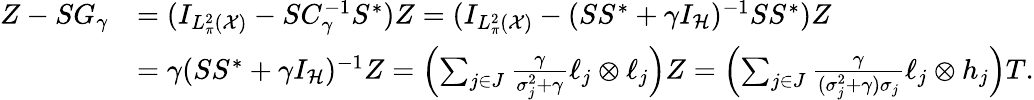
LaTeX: \begin{array}{rl}{Z-SG_{\gamma}}&{=(I_{L_{\pi}^{2}(\mathcal{X})}-SC_{\gamma}^{-1}S^{*})Z=(I_{L_{\pi}^{2}(\mathcal{X})}-(SS^{*}+\gamma I_{\mathcal{H}})^{-1}SS^{*})Z}\\ &{=\gamma(SS^{*}+\gamma I_{\mathcal{H}})^{-1}Z=\left(\sum_{j\in J}\frac{\gamma}{\sigma_{j}^{2}+\gamma}\ell_{j}\otimes\ell_{j}\right)Z=\left(\sum_{j\in J}\frac{\gamma}{(\sigma_{j}^{2}+\gamma)\sigma_{j}}\ell_{j}\otimes h_{j}\right)T.}\end{array}